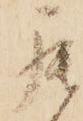
罷